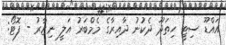
އައްޑޫ ސިޓީ ހިތަދޫ ދެކުނު ދާއިރާގެ މެމްބަރު އަލީ ނިޒާރު - ފޮޓޯ: